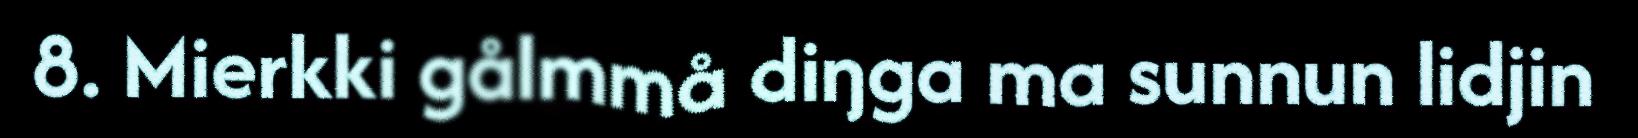
8. Mierkki gålmmå diŋga ma sunnun lidjin